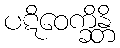
ပဋိဝေက္ခိန္တိ